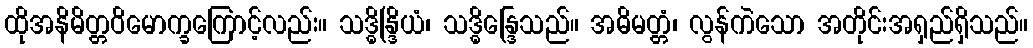
ထိုအနိမိတ္တဝိမောက္ခကြောင့်လည်း။ သဒ္ဓိန္ဒြိယံ၊ သဒ္ဓိန္ဒြေသည်။ အဓိမတ္တံ၊ လွန်ကဲသော အတိုင်းအရှည်ရှိသည်။